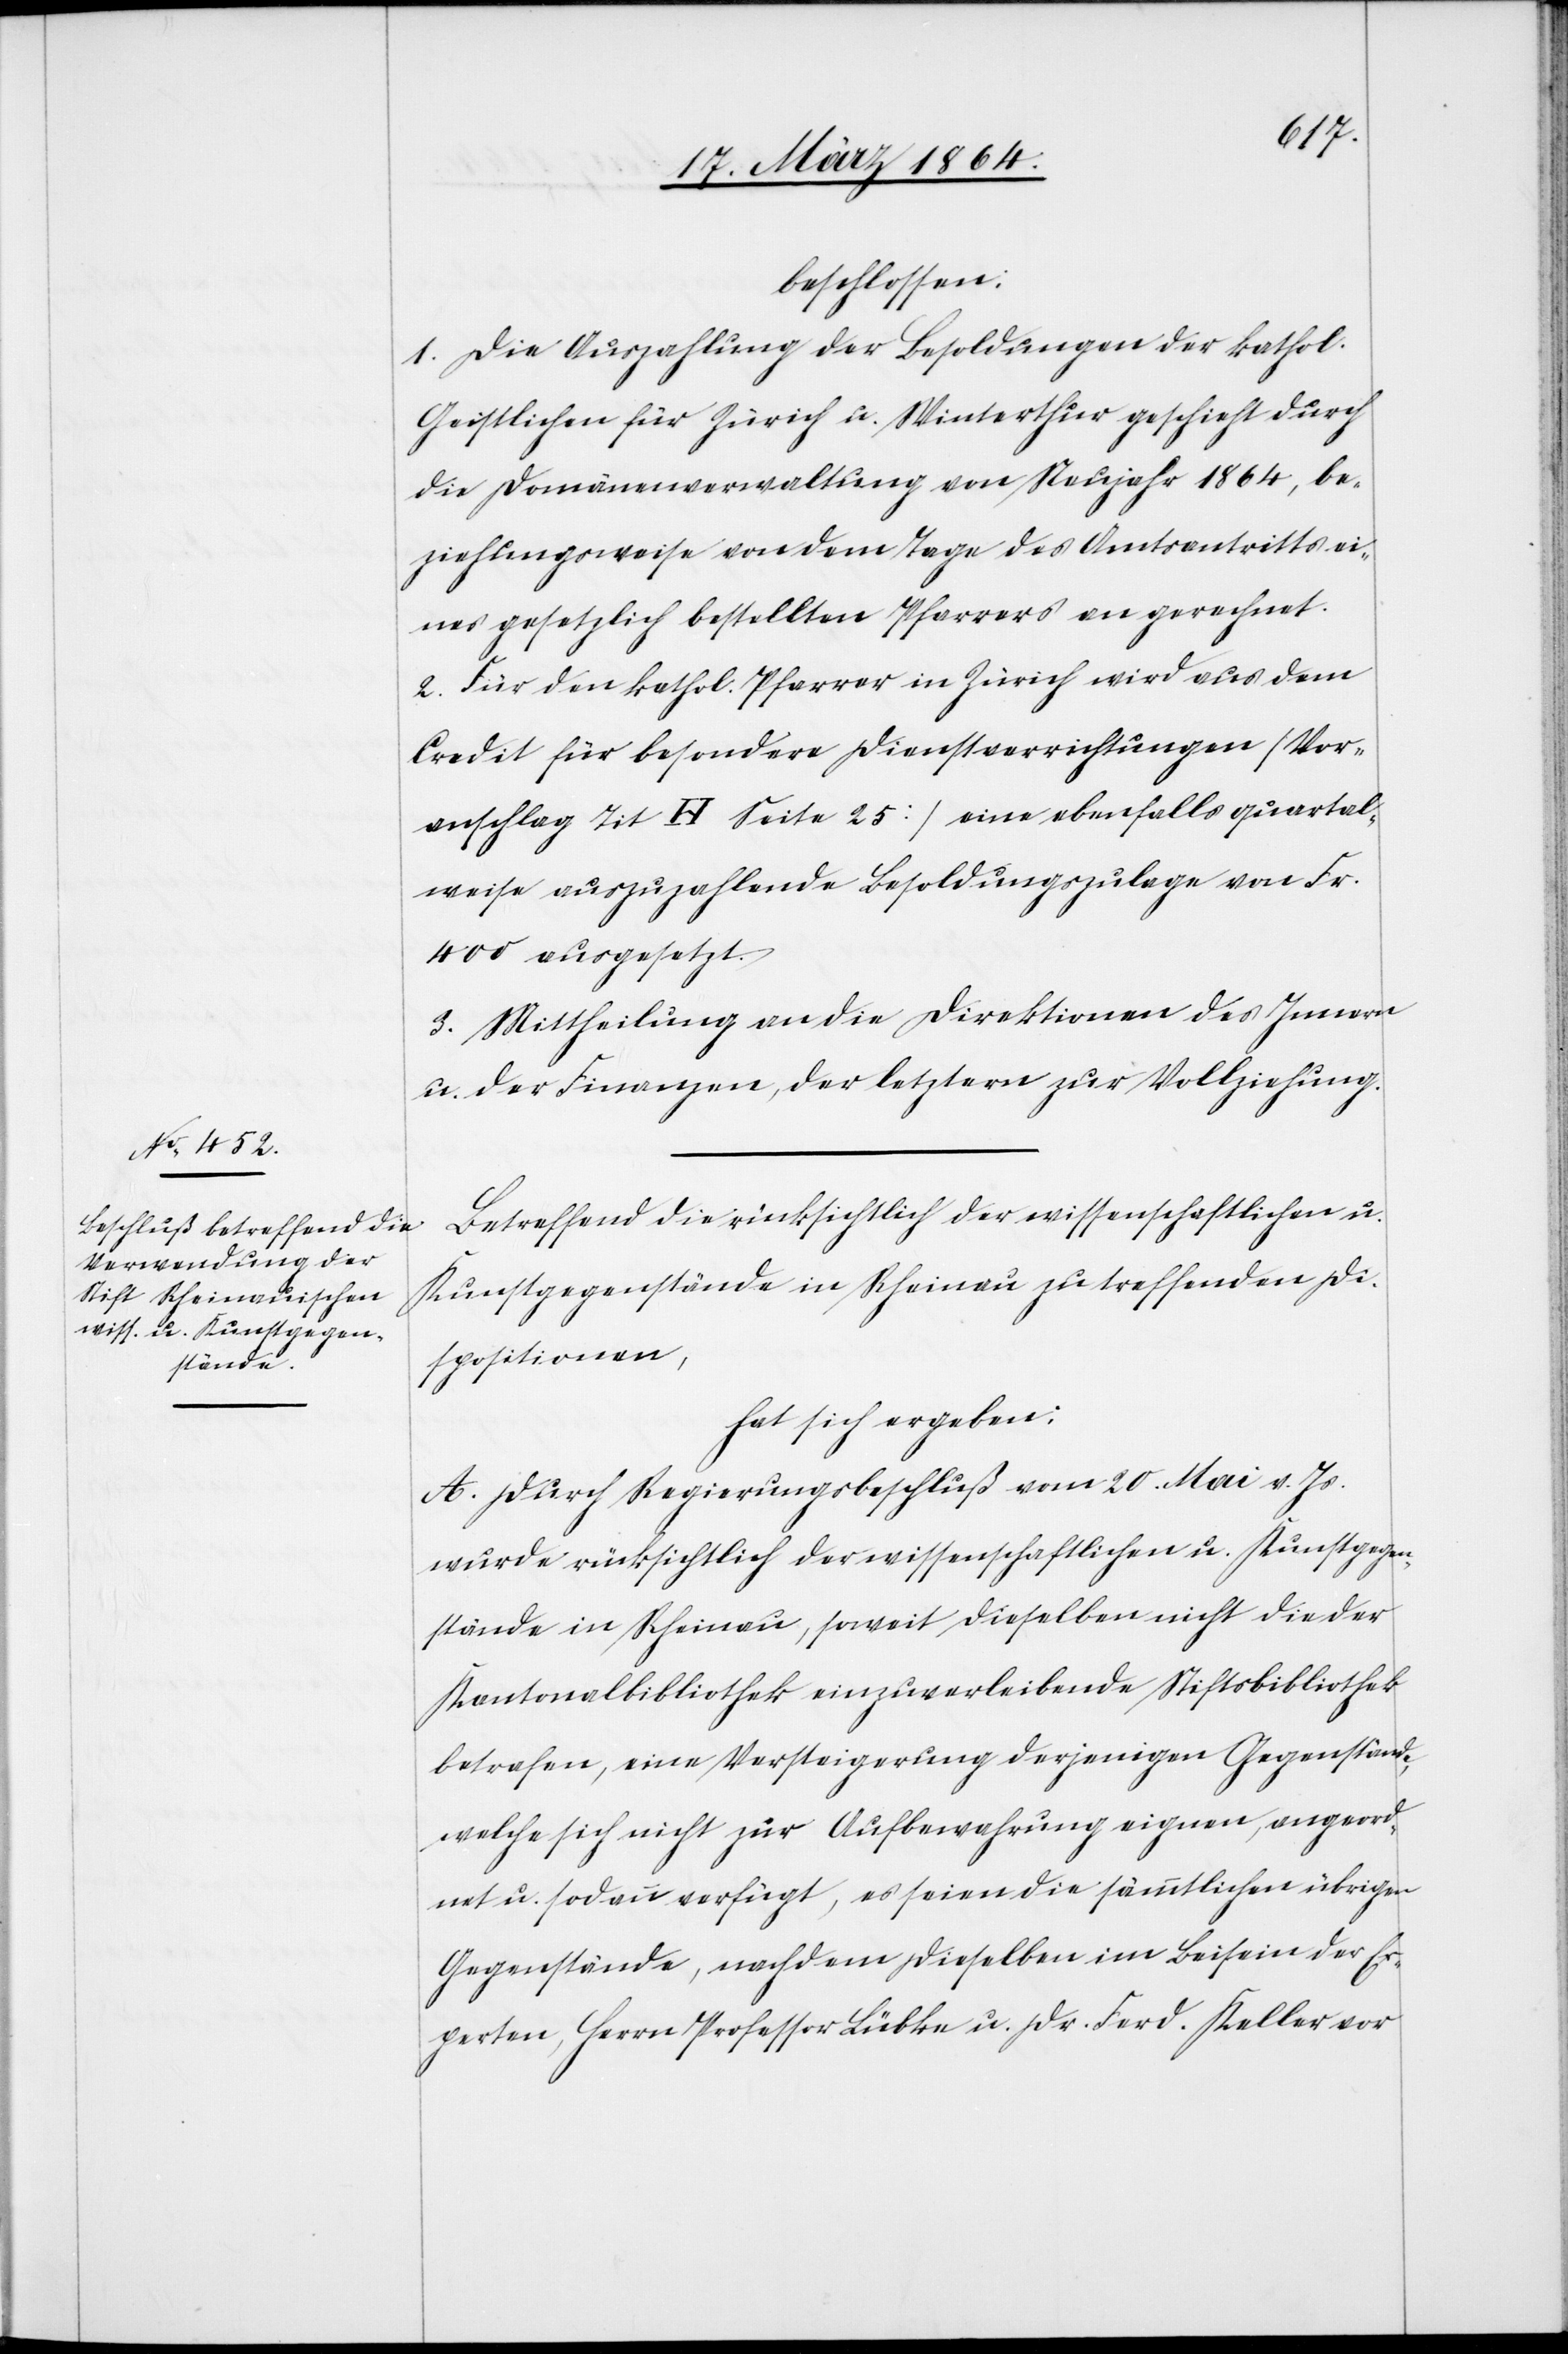
beschlossen:
1. Die Auszahlung der Besoldungen der kathol.
Geistlichen für Zürich u. Winterthur geschieht durch
die Domänenverwaltung von Neujahr 1864, be¬
ziehungsweise von dem Tage des Amtsantritts ei¬
nes gesetzlich bestellten Pfarrers an gerechnet.
2. Für den kathol. Pfarrer in Zürich wird aus dem
Credit für besondere Dienstverrichtungen [Vor¬
anschlag Tit H Seite 23] eine ebenfalls quartal¬
weise auszuzahlende Besoldungszulage von Fr.
400 ausgesetzt.
3. Mittheilung an die Direktionen des Innern
u. der Finanzen, der letztern zur Vollziehung.
Betreffend die rücksichtlich der wissenschaftlichen u.
Kunstgegenstände in Rheinau zu treffenden Di¬
spositionen,
hat sich ergeben:
A. Durch Regierungsbeschluß vom 20. Mai v. Js.
wurde rücksichtlich der wissenschaftlichen u. Kunstgegen¬
stände in Rheinau, soweit dieselben nicht die der
Kantonalbibliothek einzuverleibende Stiftsbibliothek
betrafen, eine Versteigerung derjenigen Gegenstände,
welche sich nicht zur Aufbewahrung eignen, angeord¬
net u. sodann verfügt, es seien die sämmtlichen übrigen
Gegenstände, nachdem dieselben im Beisein der Ex¬
perten, Herrn Professor Lübke u. Dr. Ferd. Keller vor